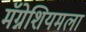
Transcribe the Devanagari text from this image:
मॅग्नेशियमला